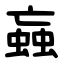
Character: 蝱